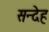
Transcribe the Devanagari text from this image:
सन्‍देह